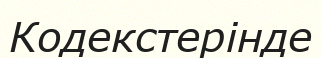
Кодекстерінде